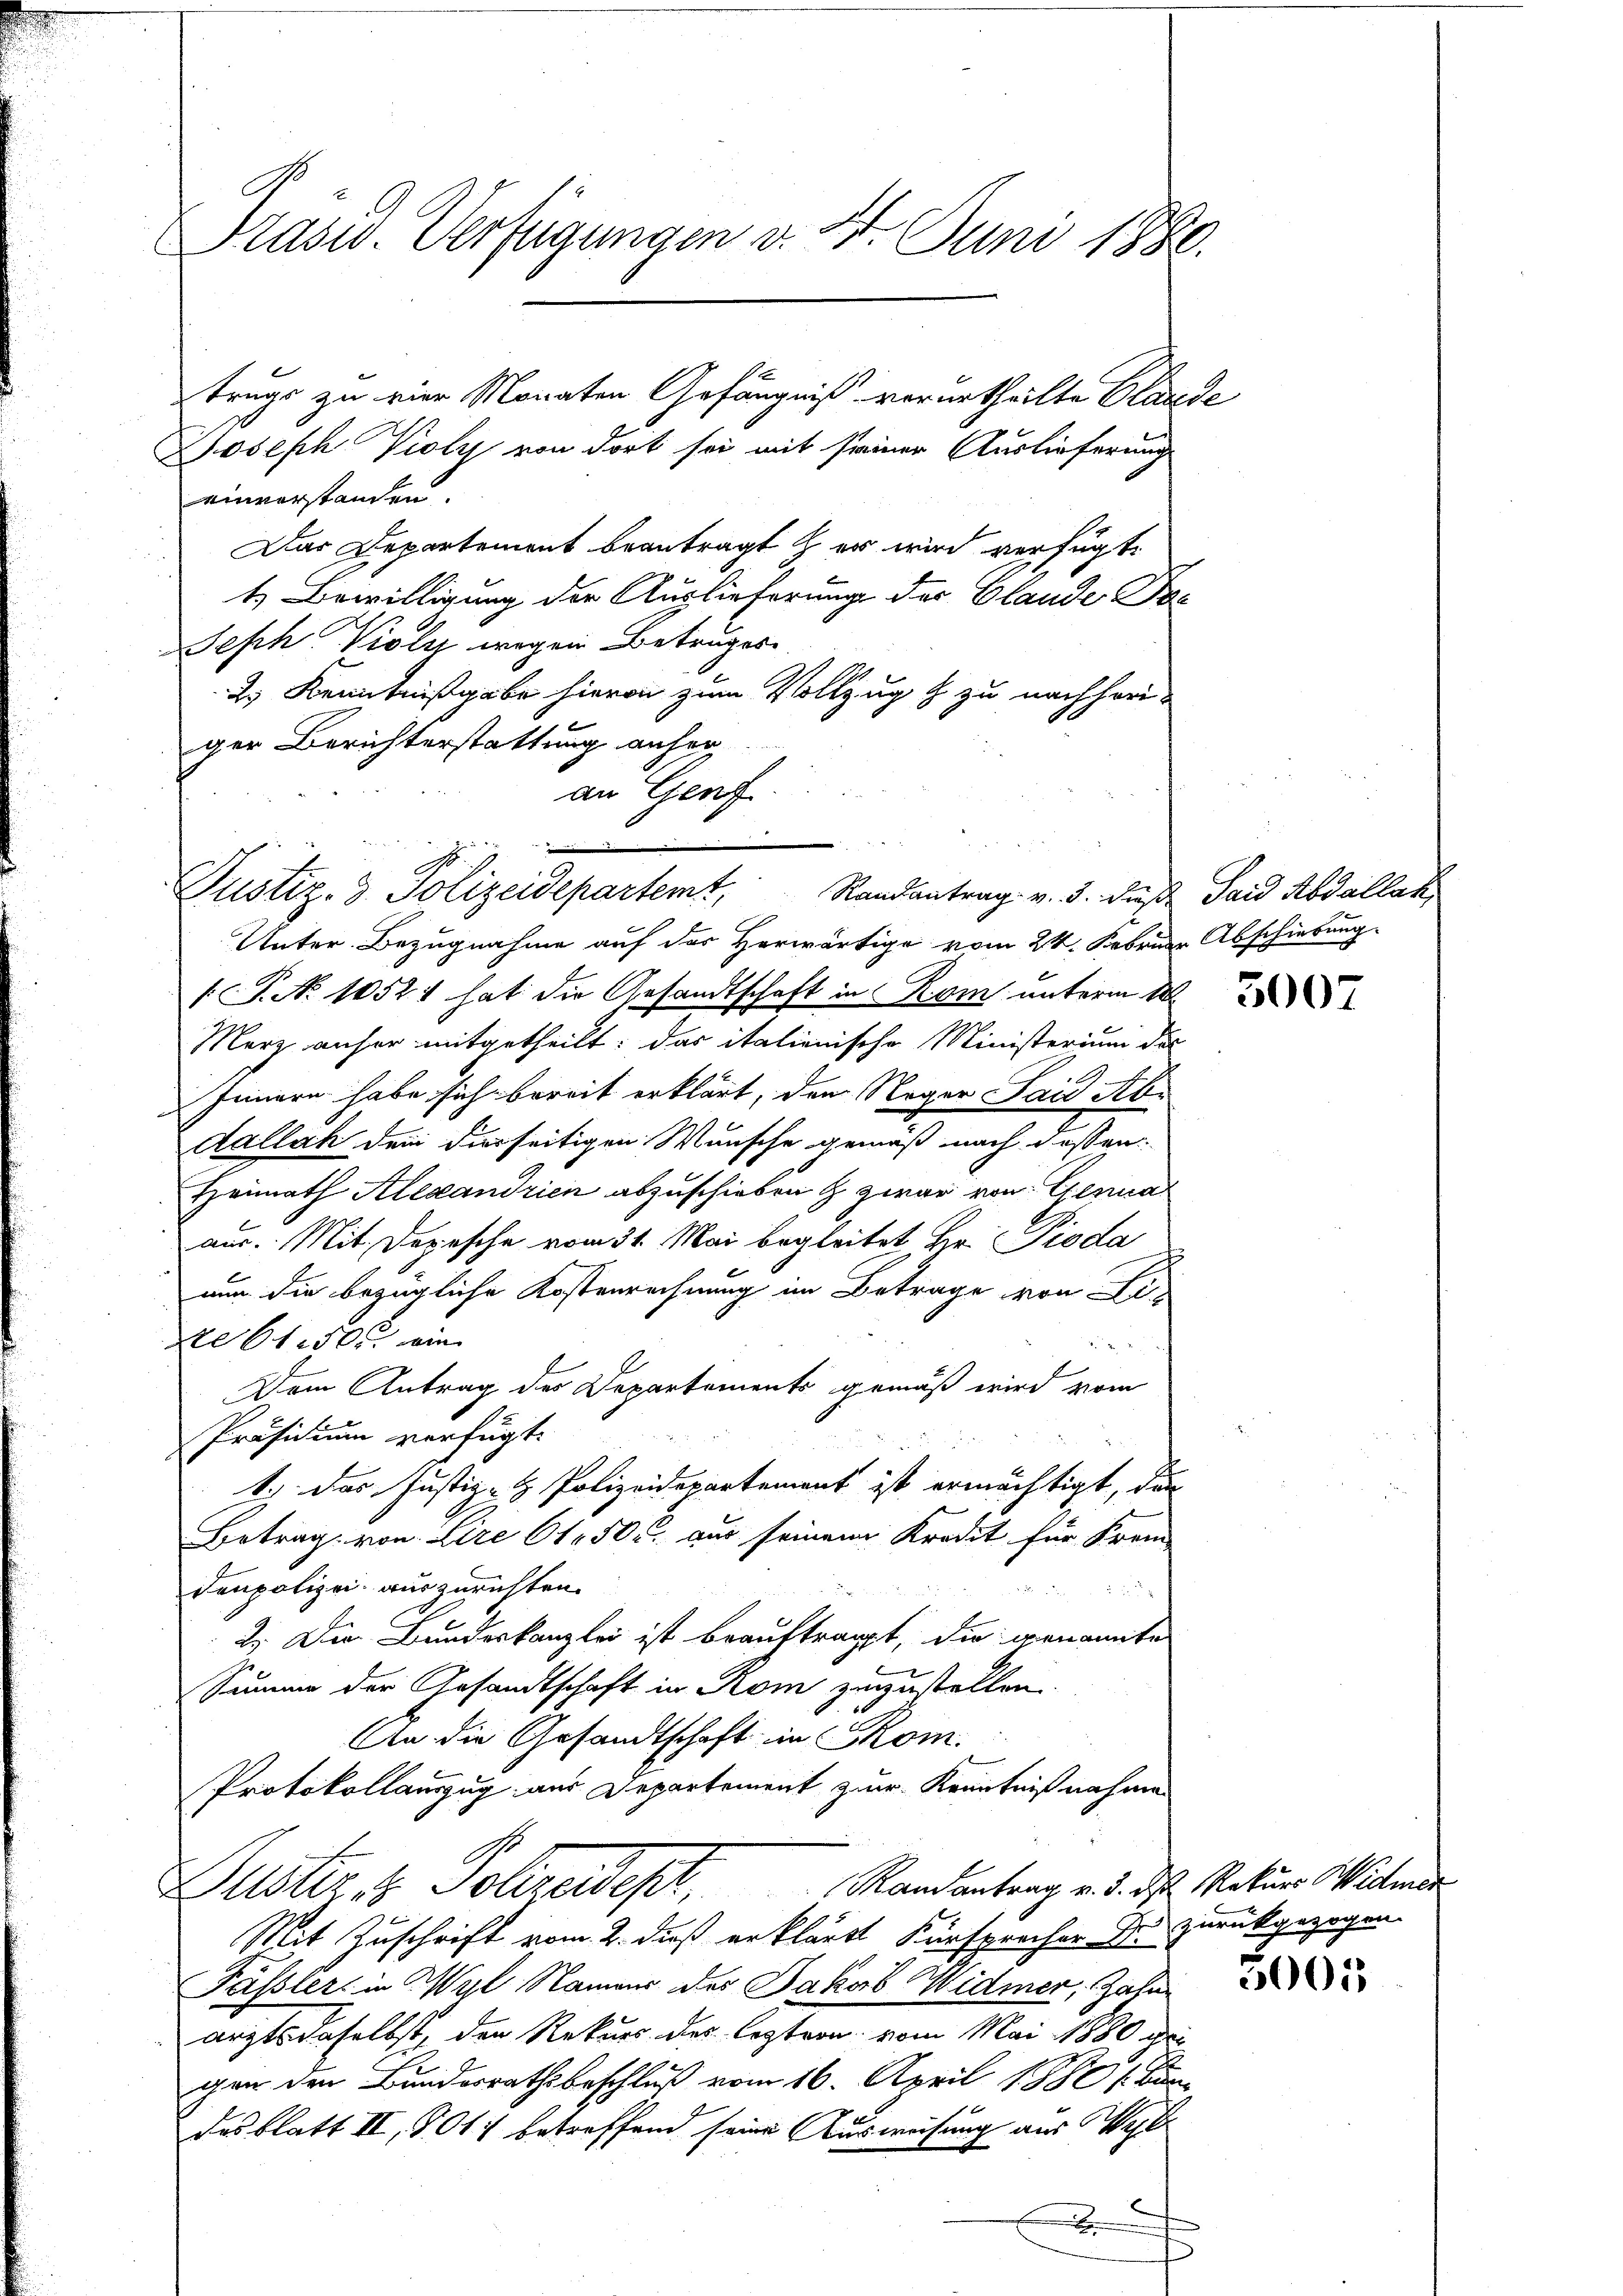
Präsid. Verfügungen v. 4. Juni 1880.

Joseph Violy von dort sei mit seiner Auslieferung
einverstanden.
Das Departement beantragt er wird verfügt:
1. Bewilligung der Auslieferung der Glande Pos
Seph Violi wegen Betruges
2) Kenntnißgabe hievon zum Vollzug & zu nachheriger Berichterstattung anfer
an Genf
Unter Bezugnahme auf des Herwärtige vom 24. Februar Abschiebung
P. No 10521 hat die Gesandtschaft in Rom unterm 10.
Merz anher mitgetheilt: das italienische Ministerium des
Innern habe sich bereit erklärt, den Neger Sand Ab¬
Kallach dem dierseitigen Wunsche gemäß nach dessen
Heimath Alexandrien abzuschieben & zwar von Genua
aus. Mit Depesche vom 31. Mai begleitet Hr. Pioda
nun die bezügliche Kostenrechnung im Betrage von Li-
re 61.50 r. ein
Dem Antrag des Departements gemäß wird vom
Präsidium verfügt:
ti das Justiz- & Polizeidepartement ist ermächtigt, den
Betrag von Lire (150. aus seinem Kredit für Krem-
denpolizei auszurichten.
 20 x
2.) Die Bundeskanzlei ist beauftragt, die genannte
Summe der Gesandtschaft in Rom zuzustellen.
An die Gesandtschaft in Skom.
Protokollauszug aus Departement zur Kenntnißnahmen
Justiz & Polizeidest.           Randantrag v. d. d. Maters Willende
Mit Zuschrift vom 2. dieß erklärte Kürsprecher Fr. zurückgezogen.
Pässler in Wyl Namens des Jakob Widmer, Zahne
arzts daselbst, den Rekurs der leztern vom Mai 1880 wei
gen den Bundesrathsbeschluß vom 16. April 1888 f. Bun
das Blatt II, 5017 betreffend seine Ausweisung aus Wahl

trugs zu vier Monaten Gefängniß verurtheilte Claude

d
Justiz- & Polizeidepartemt,
Randantrag v. 3. dieß Said Abdallak,

3007

3001